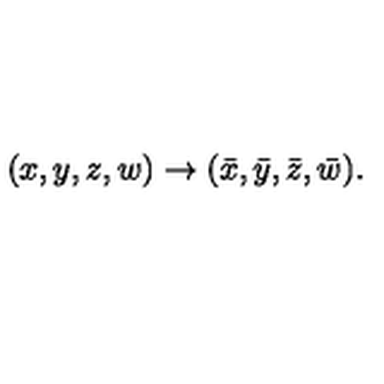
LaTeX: ( x , y , z , w ) \to ( \bar { x } , \bar { y } , \bar { z } , \bar { w } ) .